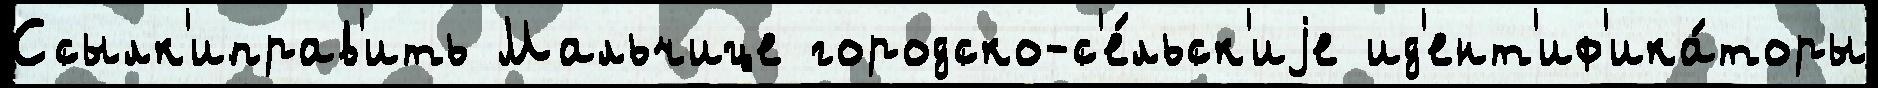
Ссылк'иправ'ить Мальчице городско-с'е́льск'иjе ид'ент'иф'ика́торы